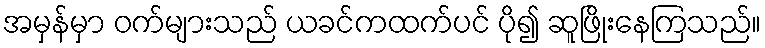
အမှန်မှာ ဝက်များသည် ယခင်ကထက်ပင် ပို၍ ဆူဖြိုးနေကြသည်။